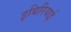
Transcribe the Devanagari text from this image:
इबिरियाई